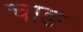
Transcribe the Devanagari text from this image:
चाङ